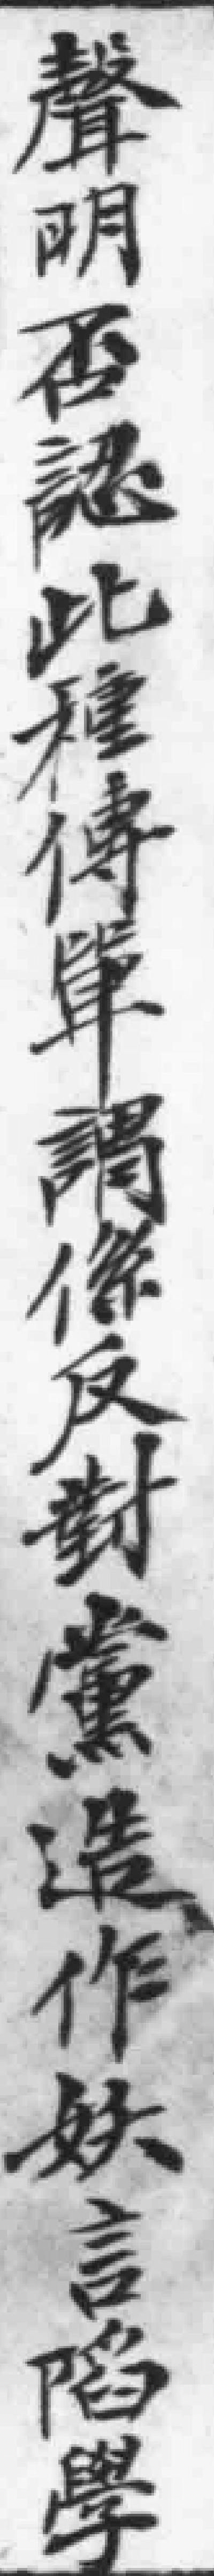
聲明否涵此種傳單調像反對黨造作妖言陷學